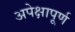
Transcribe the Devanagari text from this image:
अपेक्षापूर्ण